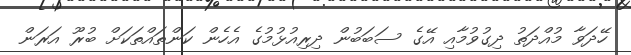
ހޭދަވާ މުއްދަތު ދިގުވުމާއި އޭގެ ސަބަބުން ދިރިއުޅުމުގެ އެހެން ކަންތައްތަކަށް ބުރޫ އަރަން